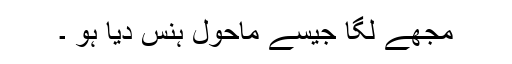
مجھے لگا جیسے ماحول ہنس دیا ہو ۔